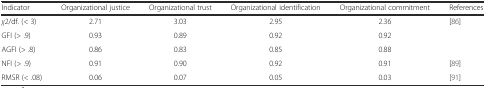
<table><thead><tr><td><b>Indicator</b></td><td><b>Organizational justice</b></td><td><b>Organizational trust</b></td><td><b>Organizational identification</b></td><td><b>Organizational commitment</b></td><td><b>References</b></td></tr></thead><tbody><tr><td><i>χ</i>2/df. (&lt; 3)</td><td>2.71</td><td>3.03</td><td>2.95</td><td>2.36</td><td rowspan="3">[86]</td></tr><tr><td>GFI (&gt; .9)</td><td>0.93</td><td>0.89</td><td>0.92</td><td>0.92</td></tr><tr><td>AGFI (&gt; .8)</td><td>0.86</td><td>0.83</td><td>0.85</td><td>0.88</td></tr><tr><td>NFI (&gt; .9)</td><td>0.91</td><td>0.90</td><td>0.92</td><td>0.91</td><td>[89]</td></tr><tr><td>RMSR (&lt; .08)</td><td>0.06</td><td>0.07</td><td>0.05</td><td>0.03</td><td>[91]</td></tr></tbody></table>